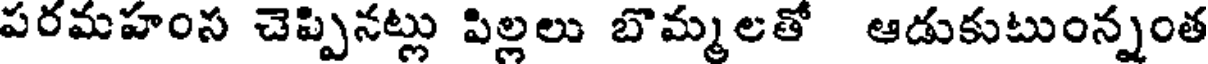
పరమహంస చెప్పినట్లు పిల్లలు బొమ్మలతో ఆడుకుటుంన్నంత